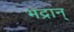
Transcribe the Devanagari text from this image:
भद्रान्